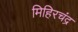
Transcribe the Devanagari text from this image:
मिहिरचंद्र